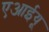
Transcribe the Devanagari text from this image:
एआईयू